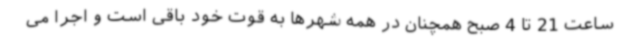
ساعت 21 تا 4 صبح همچنان در همه شهرها به قوت خود باقی است و اجرا می